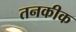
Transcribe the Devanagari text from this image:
तनकीक